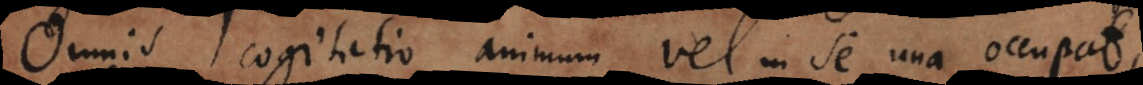
Omnis cogitatio animum vel in se una occupat,